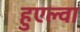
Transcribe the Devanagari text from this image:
हुएल्वा